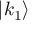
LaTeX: | k _ { 1 } \rangle